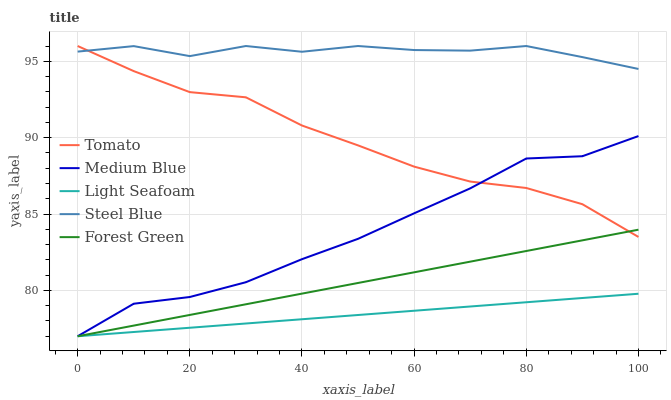
| xaxis_label | Tomato | Medium Blue | Light Seafoam | Steel Blue | Forest Green |
 | --- | --- | --- | --- | --- | --- |
 | 0 | 96 | 77 | 77 | 95.6 | 77 |
 | 10 | 94.4 | 79.1 | 77.3 | 96 | 77.7 |
 | 20 | 93 | 79.6 | 77.6 | 95.3 | 78.4 |
 | 30 | 92.6 | 80.5 | 77.8 | 96 | 79.1 |
 | 40 | 90.8 | 82 | 78.1 | 95.6 | 79.8 |
 | 50 | 89.5 | 83.4 | 78.4 | 96 | 80.5 |
 | 60 | 88.1 | 85 | 78.7 | 95.7 | 81.2 |
 | 70 | 87.1 | 86.7 | 78.9 | 95.7 | 81.9 |
 | 80 | 86.7 | 88.6 | 79.2 | 96 | 82.6 |
 | 90 | 85.6 | 88.8 | 79.5 | 95.3 | 83.3 |
 | 100 | 83.5 | 90.1 | 79.8 | 94.5 | 84 |